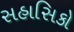
સહાસિકો